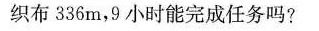
织布336m，9小时能完成任务吗?